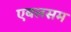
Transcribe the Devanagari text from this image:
एबलसम